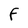
Character: F